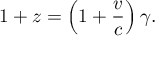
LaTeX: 1 + z = \left( 1 + { \frac { v } { c } } \right) \gamma .